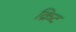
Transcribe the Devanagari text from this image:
क्रिट